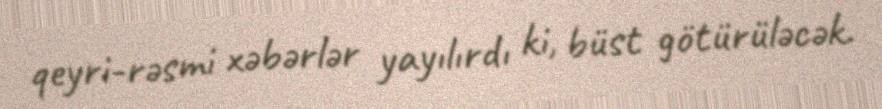
qeyri-rəsmi xəbərlər yayılırdı ki, büst götürüləcək.